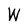
Character: W